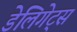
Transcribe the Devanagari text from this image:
डेलिगेट्स